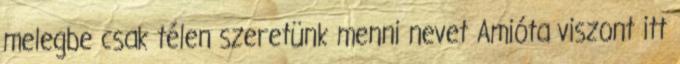
melegbe csak télen szeretünk menni nevet Amióta viszont itt